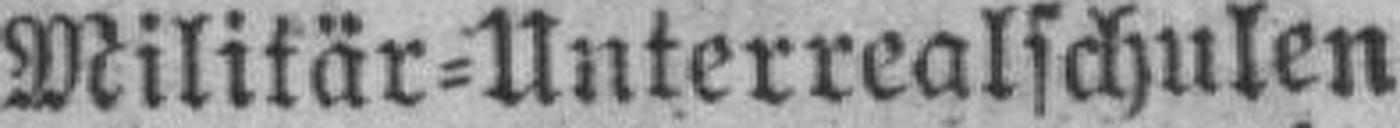
Militär=Unterrealschulen